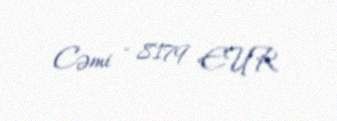
Cəmi - 8179 EUR